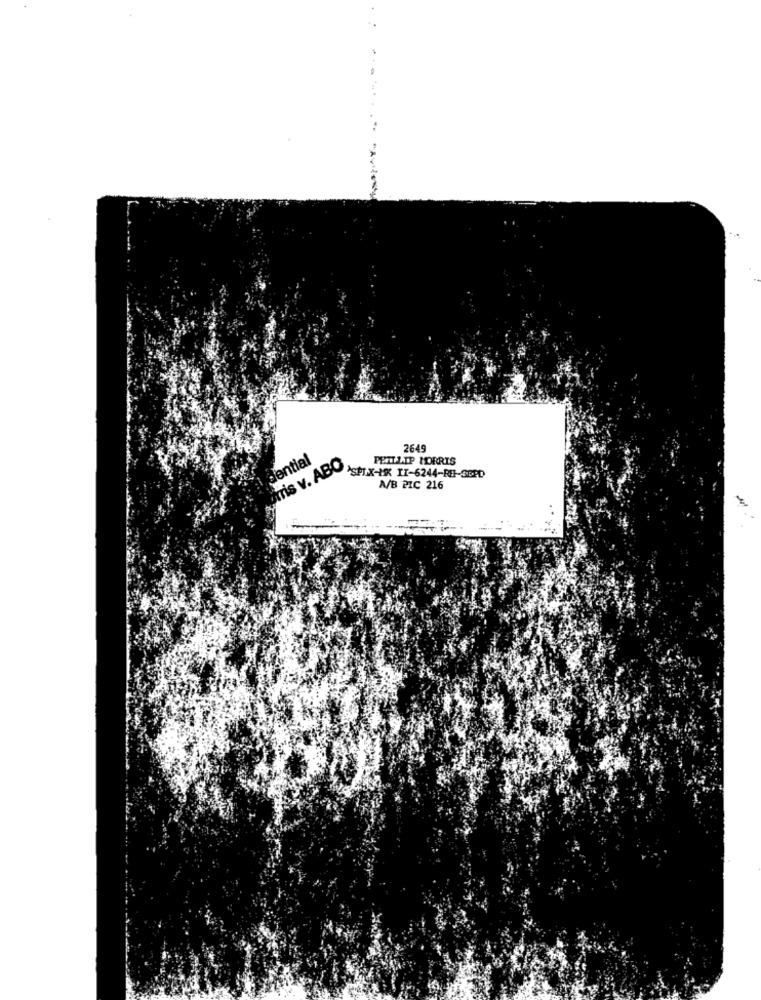
2649
dential
mis v. ABO
PETTFLIP MORRIS
`SPIX-MK II-6244-RH-SEPD
A/B PIC 216